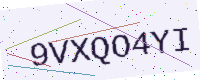
Text: 9VXQO4YI